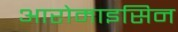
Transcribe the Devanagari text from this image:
आरोमाइसिन